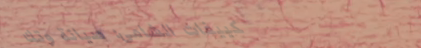
تكييفات الشامى: صيانة وتك